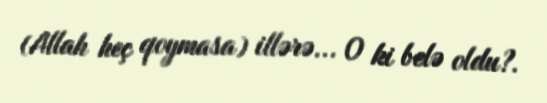
(Allah heç qoymasa) illərə... O ki belə oldu?.